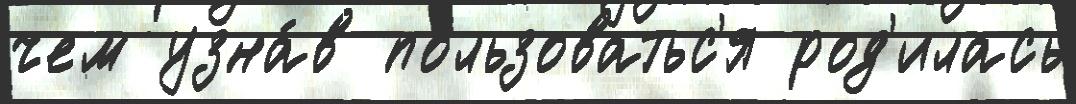
чем узна́в по́льзоватьс'я род'илась